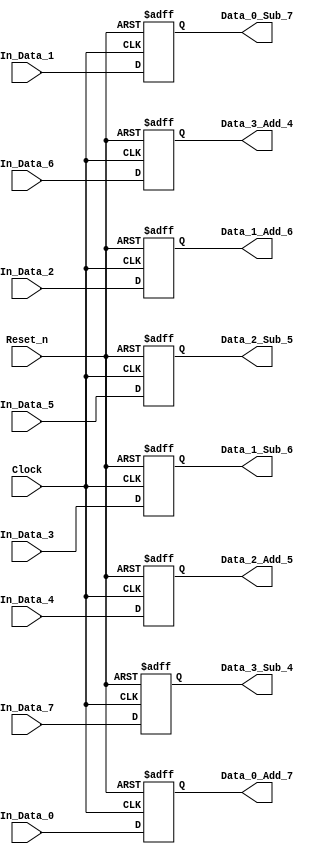
module DCT_1D_D_Flip_Flop_1(
Clock,
Reset_n,
In_Data_0,
In_Data_1,
In_Data_2,
In_Data_3,
In_Data_4,
In_Data_5,
In_Data_6,
In_Data_7,
Data_0_Add_7,
Data_0_Sub_7,
Data_1_Add_6,
Data_1_Sub_6,
Data_2_Add_5,
Data_2_Sub_5,
Data_3_Add_4,
Data_3_Sub_4
);

parameter WIDTH = 8;

input Clock;
input Reset_n;
input signed [WIDTH:0] In_Data_0;
input signed [WIDTH:0] In_Data_1;
input signed [WIDTH:0] In_Data_2;
input signed [WIDTH:0] In_Data_3;
input signed [WIDTH:0] In_Data_4;
input signed [WIDTH:0] In_Data_5;
input signed [WIDTH:0] In_Data_6;
input signed [WIDTH:0] In_Data_7;

output signed [WIDTH:0] Data_0_Add_7;
output signed [WIDTH:0] Data_0_Sub_7;
output signed [WIDTH:0] Data_1_Add_6;
output signed [WIDTH:0] Data_1_Sub_6;
output signed [WIDTH:0] Data_2_Add_5;
output signed [WIDTH:0] Data_2_Sub_5;
output signed [WIDTH:0] Data_3_Add_4;
output signed [WIDTH:0] Data_3_Sub_4;

reg signed [WIDTH:0] Data_0_Add_7;
reg signed [WIDTH:0] Data_0_Sub_7;
reg signed [WIDTH:0] Data_1_Add_6;
reg signed [WIDTH:0] Data_1_Sub_6;
reg signed [WIDTH:0] Data_2_Add_5;
reg signed [WIDTH:0] Data_2_Sub_5;
reg signed [WIDTH:0] Data_3_Add_4;
reg signed [WIDTH:0] Data_3_Sub_4;

always @(posedge Clock or negedge Reset_n)
begin
    if(!Reset_n)
        begin
            Data_0_Add_7 <= 9'b0;
            Data_0_Sub_7 <= 9'b0;
            Data_1_Add_6 <= 9'b0;
            Data_1_Sub_6 <= 9'b0;
            Data_2_Add_5 <= 9'b0;
            Data_2_Sub_5 <= 9'b0;
            Data_3_Add_4 <= 9'b0;
            Data_3_Sub_4 <= 9'b0;
        end
    else
        begin
            Data_0_Add_7 <= In_Data_0;
            Data_0_Sub_7 <= In_Data_1;
            Data_1_Add_6 <= In_Data_2;
            Data_1_Sub_6 <= In_Data_3;
            Data_2_Add_5 <= In_Data_4;
            Data_2_Sub_5 <= In_Data_5;
            Data_3_Add_4 <= In_Data_6;
            Data_3_Sub_4 <= In_Data_7;
        end
end
endmodule